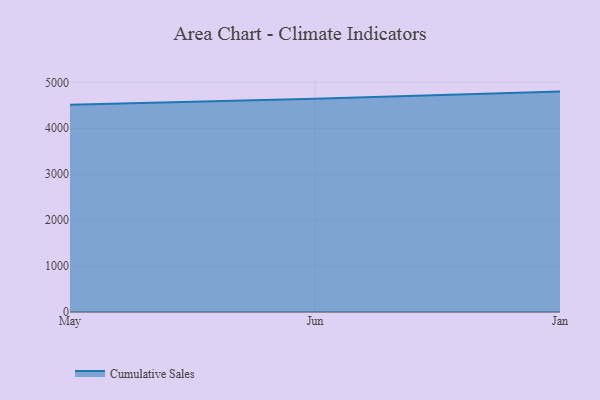
{"axis": {"x": "Month", "y": "Customer Acquisition Cost (USD)"}, "legend": ["Cumulative Sales"], "data": [{"x": "May", "y": 4511.5, "type": "Cumulative Sales"}, {"x": "Jun", "y": 4640.9, "type": "Cumulative Sales"}, {"x": "Jan", "y": 4798.5, "type": "Cumulative Sales"}]}